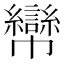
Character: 㡩